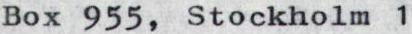
Box 955, Stockholm 1